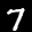
Label: 7